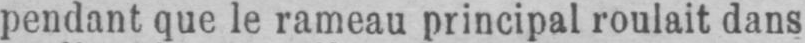
pendant que le rameau principal roulait dans